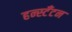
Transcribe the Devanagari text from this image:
हन्स्टँटन